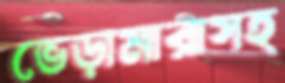
ভেড়ামারাসহ